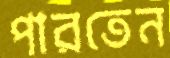
পারতেন